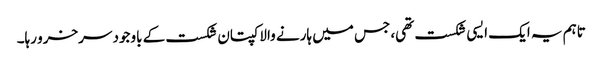
تاہم یہ ایک ایسی شکست تھی، جس میں ہارنے والا کپتان شکست کے باوجود سرخرو رہا۔